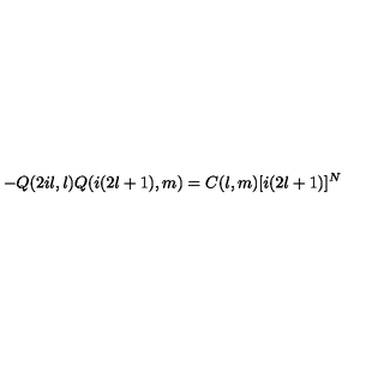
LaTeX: - Q ( 2 i l , l ) Q ( i ( 2 l + 1 ) , m ) = C ( l , m ) [ i ( 2 l + 1 ) ] ^ { N }